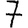
Digit: 7